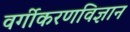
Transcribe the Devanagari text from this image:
वर्गीकरणविज्ञान